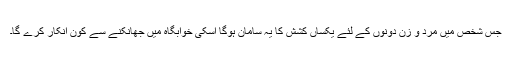
جس شخص میں مرد و زن دونوں کے لئے یکساں کشش کا یہ سامان ہوگا اسکی خوابگاہ میں جھانکنے سے کون انکار کرے گا۔